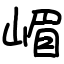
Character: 嵋